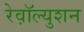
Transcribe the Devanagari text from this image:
रेव़ाॅल्युशन